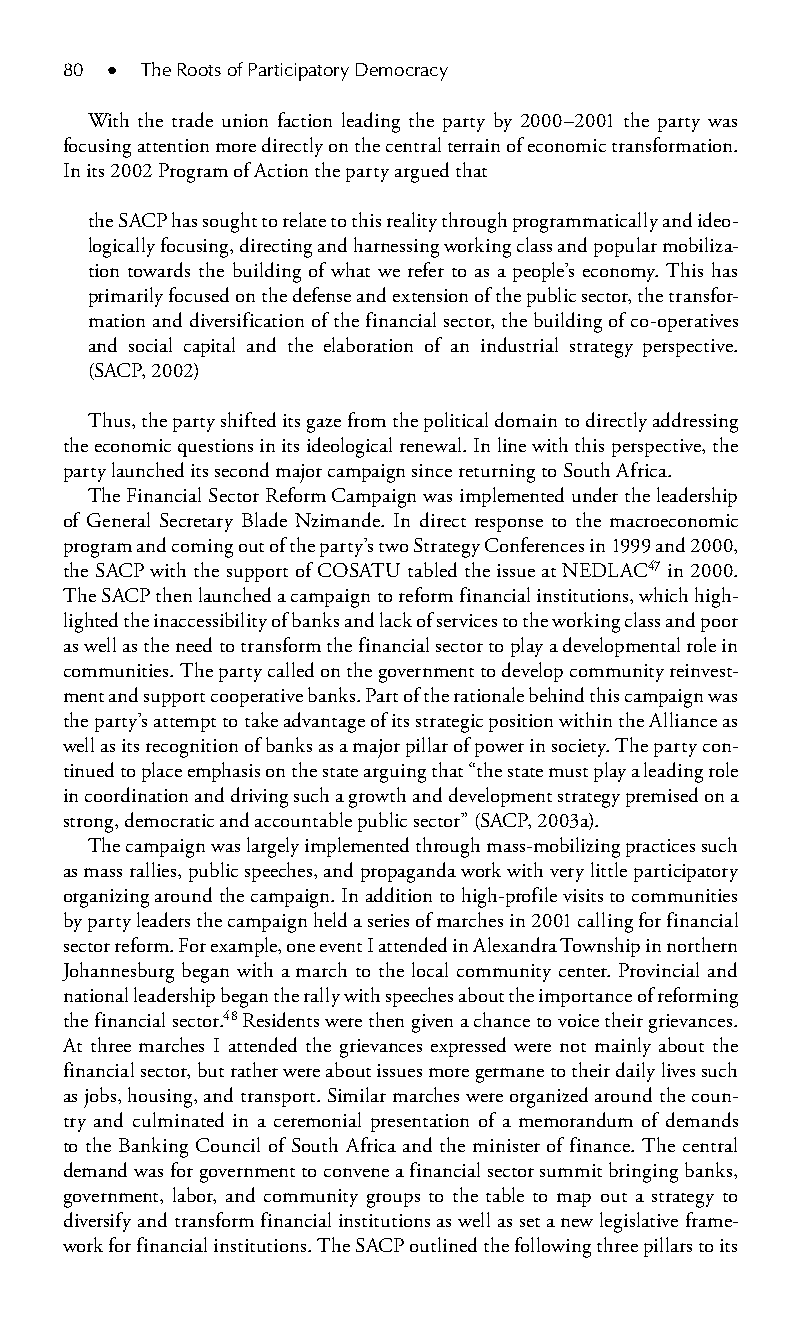
80 ● The Roots of Participatory Democracy
 With the trade union faction leading the party by 2000–2001 the party was
 focusing attention more directly on the central terrain of economic transformation.
 In its 2002 Program of Action the party argued that
 the SACP has sought to relate to this reality through programmatically and ideo-
 logically focusing, directing and harnessing working class and popular mobiliza-
 tion towards the building of what we refer to as a people’s economy. This has
 primarily focused on the defense and extension of the public sector, the transfor-
 mation and diversification of the financial sector, the building of co-o peratives
 and social capital and the elaboration of an industrial strategy p erspective.
 (SACP, 2002)
 Thus, the party shifted its gaze from the political domain to directly addressing
 the economic questions in its ideological renewal. In line with this perspective, the
 party launched its second major campaign since returning to South Africa.
 The Financial Sector Reform Campaign was implemented under the leadership
 of General Secretary Blade Nzimande. In direct response to the macroeconomic
 program and coming out of the party’s two Strategy Conferences in 1999 and 2000,
 the SACP with the support of COSATU tabled the issue at NEDLAC47 in 2000.
 The SACP then launched a campaign to reform financial institutions, which high-
 lighted the inaccessibility of banks and lack of services to the working class and poor
 as well as the need to transform the financial sector to play a developmental role in
 communities. The party called on the government to develop community reinvest-
 ment and support cooperative banks. Part of the rationale behind this campaign was
 the party’s attempt to take advantage of its strategic position within the Alliance as
 well as its recognition of banks as a major pillar of power in society. The party con-
 tinued to place emphasis on the state arguing that “the state must play a leading role
 in coordination and driving such a growth and development strategy premised on a
 strong, democratic and accountable public sector” (SACP, 2003a).
 The campaign was largely implemented through mass-mobilizing practices such
 as mass rallies, public speeches, and propaganda work with very little participatory
 organizing around the campaign. In addition to high-profile visits to communities
 by party leaders the campaign held a series of marches in 2001 calling for financial
 sector reform. For example, one event I attended in Alexandra Township in northern
 Johannesburg began with a march to the local community center. Provincial and
 national leadership began the rally with speeches about the importance of reforming
 the financial sector.48 Residents were then given a chance to voice their grievances.
 At three marches I attended the grievances expressed were not mainly about the
 financial sector, but rather were about issues more germane to their daily lives such
 as jobs, housing, and transport. Similar marches were organized around the coun-
 try and culminated in a ceremonial presentation of a memorandum of demands
 to the Banking Council of South Africa and the minister of finance. The central
 demand was for government to convene a financial sector summit bringing banks,
 government, labor, and community groups to the table to map out a strategy to
 diversify and transform financial institutions as well as set a new legislative frame-
 work for financial institutions. The SACP outlined the following three pillars to its
 99778800223300660066440011ttss0066..iinndddd 8800 33//2255//22000088 99::1199::0044 AAMM